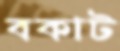
বকাট